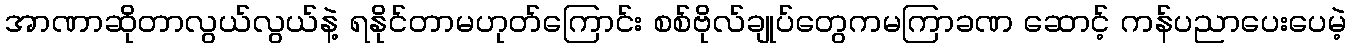
အာဏာဆိုတာလွယ်လွယ်နဲ့ ရနိုင်တာမဟုတ်ကြောင်း စစ်ဗိုလ်ချုပ်တွေကမကြာခဏ ဆောင့် ကန်ပညာပေးပေမဲ့